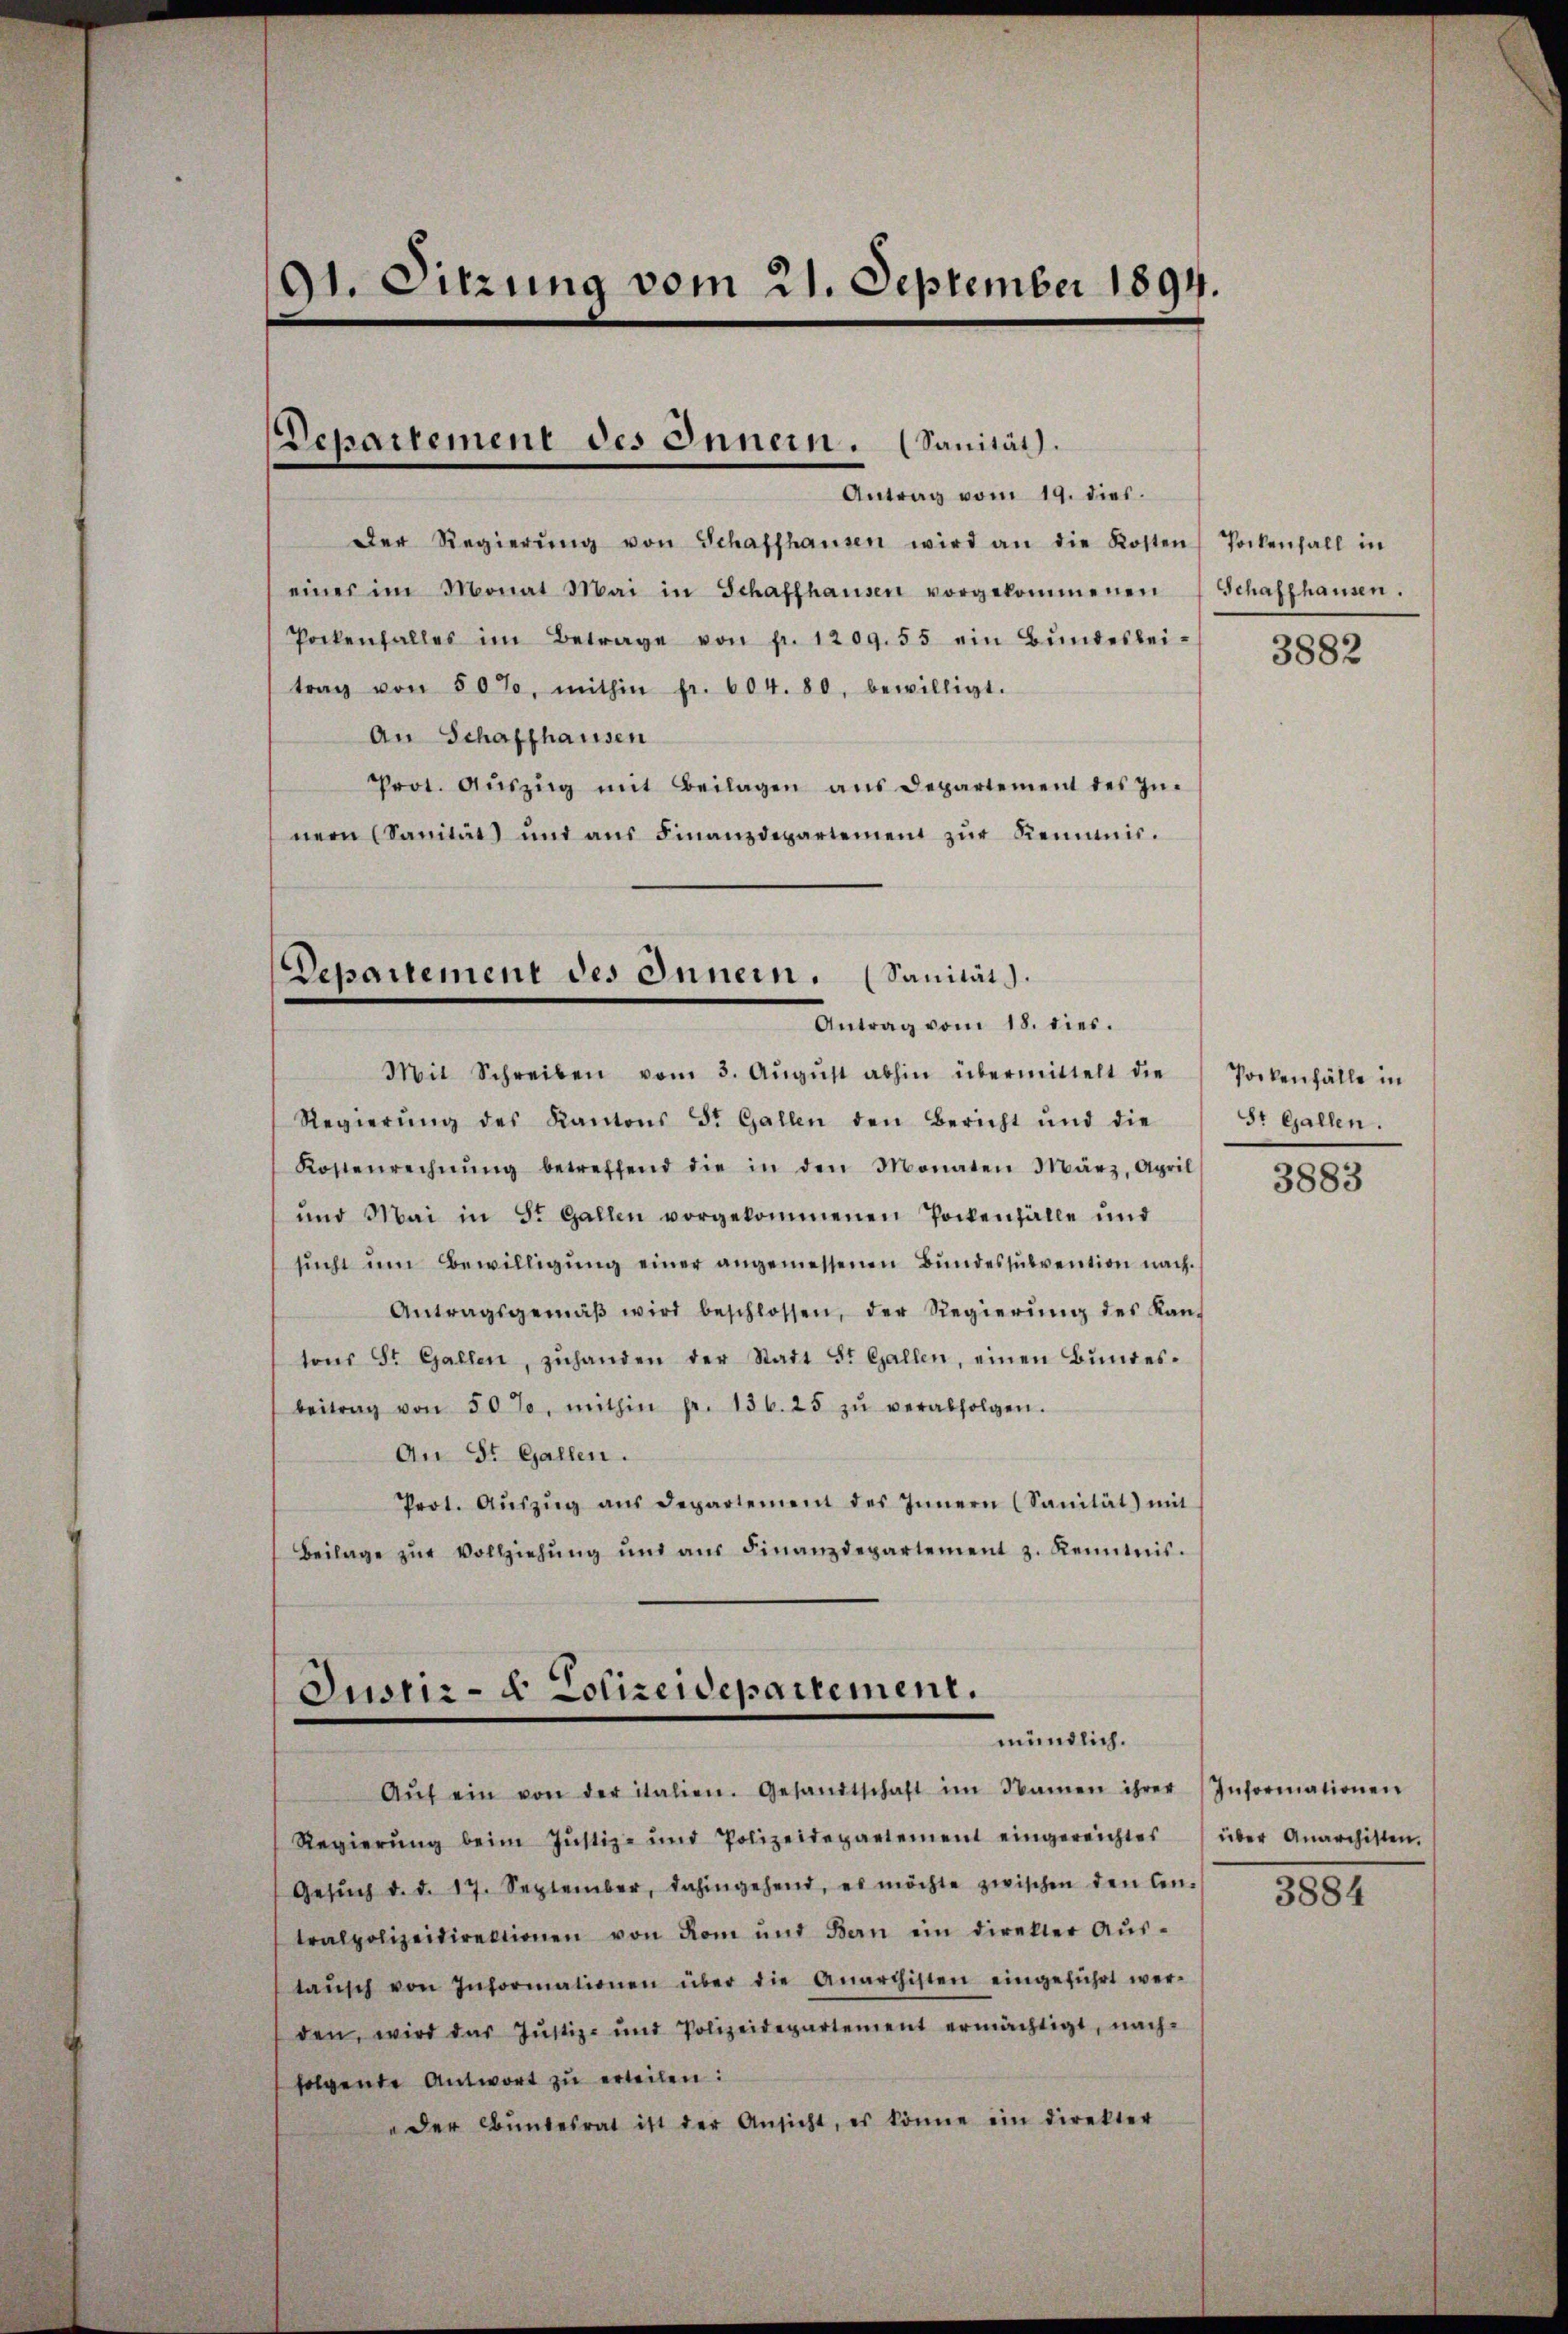
91. Sitzung vom 21. September 1894.

Departement des Innern. (Sanität.
Antrag vom 19. dies.

Der Regierŭng von Schaffhausen wird an die Kosten Tockenfall in
eines im Monat Mai in Schaffhausen vorgekommenen
Pockenfalles im Betrage von fr. 1209. 55 ein Bŭndesbei-
trag von 50%, mithin fr. 604. 80, bewilligt.
An Schaffhausen
Prot. Aŭszŭg mit Beilagen ans Departement des In-
nern Sanität und aŭs Finanzdepartement zŭr Reimis.

Departement des Innern. (Sanität
Antrag vom 18. dies.

Justiz- & Polizeidepartement.
mündlich.

Schaffhausen.

Mit Schreiben vom 3. Aŭgŭst abhin übermittelt die
Regierŭng des Kantons St. Gallen den Bericht und die
Kostenrechnŭng betreffend die in den Monaten März, April
und Mai in St. Gallen vorgekommenen Pockenfälle und
sŭcht ŭm Bewilligŭng einer angemessenen Bŭndessŭbvention nach
Antragsgemäβ wird beschlossen, der Regierŭng des Kan-
tons St. Gallen, zŭhanden der Stadt St. Gallen, einen Bŭndes-
beitrag von 50 %. mithin pr. 136. 25 zŭ verabfolgen.
An St. Gallen.
Prot. Aŭszŭg ans Departement des Innern (Sanität) mit
Beilage zŭr Vollziehŭng und aŭs Finanzdepartement z. Kenntnis.

Aŭf ein von der italien. Gesandtschaft im Namen ihrer Informationen
Regierŭng beim Jŭstiz- und Polizeidepartement eingereichtes über Anarchisten.
Gesŭch d. d. 17. September, dahingehend, es möchte zwischen den Cen-
tralpolizeidirektionen von Rom und Bern ein direkter Aŭs-
taŭsch von Informationen über die Anarchisten eingeführt wer-
den, wird das Jŭstiz- und Polizeidepartement ermächtigt, nach-
folgende Antwort zŭ erteilen:
"der Bŭndesrat ist der Ansicht, es könne ein direkter

3882

Pockenfälle in
St Gallen.

3883

3884